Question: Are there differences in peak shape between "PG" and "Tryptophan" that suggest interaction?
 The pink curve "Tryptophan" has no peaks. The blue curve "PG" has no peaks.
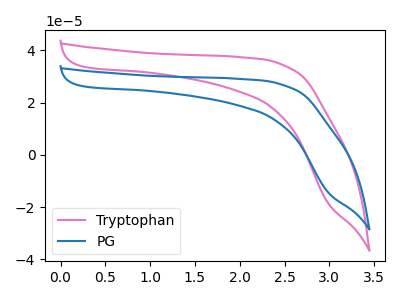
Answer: <think>Neither "PG" or "Tryptophan" have any peaks.
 </think>
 <answer>No, "PG" and "Tryptophan" don't appear to be significantly different in shape</answer>
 <eval>no_change</eval>